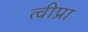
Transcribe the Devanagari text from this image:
त्वीप्रा